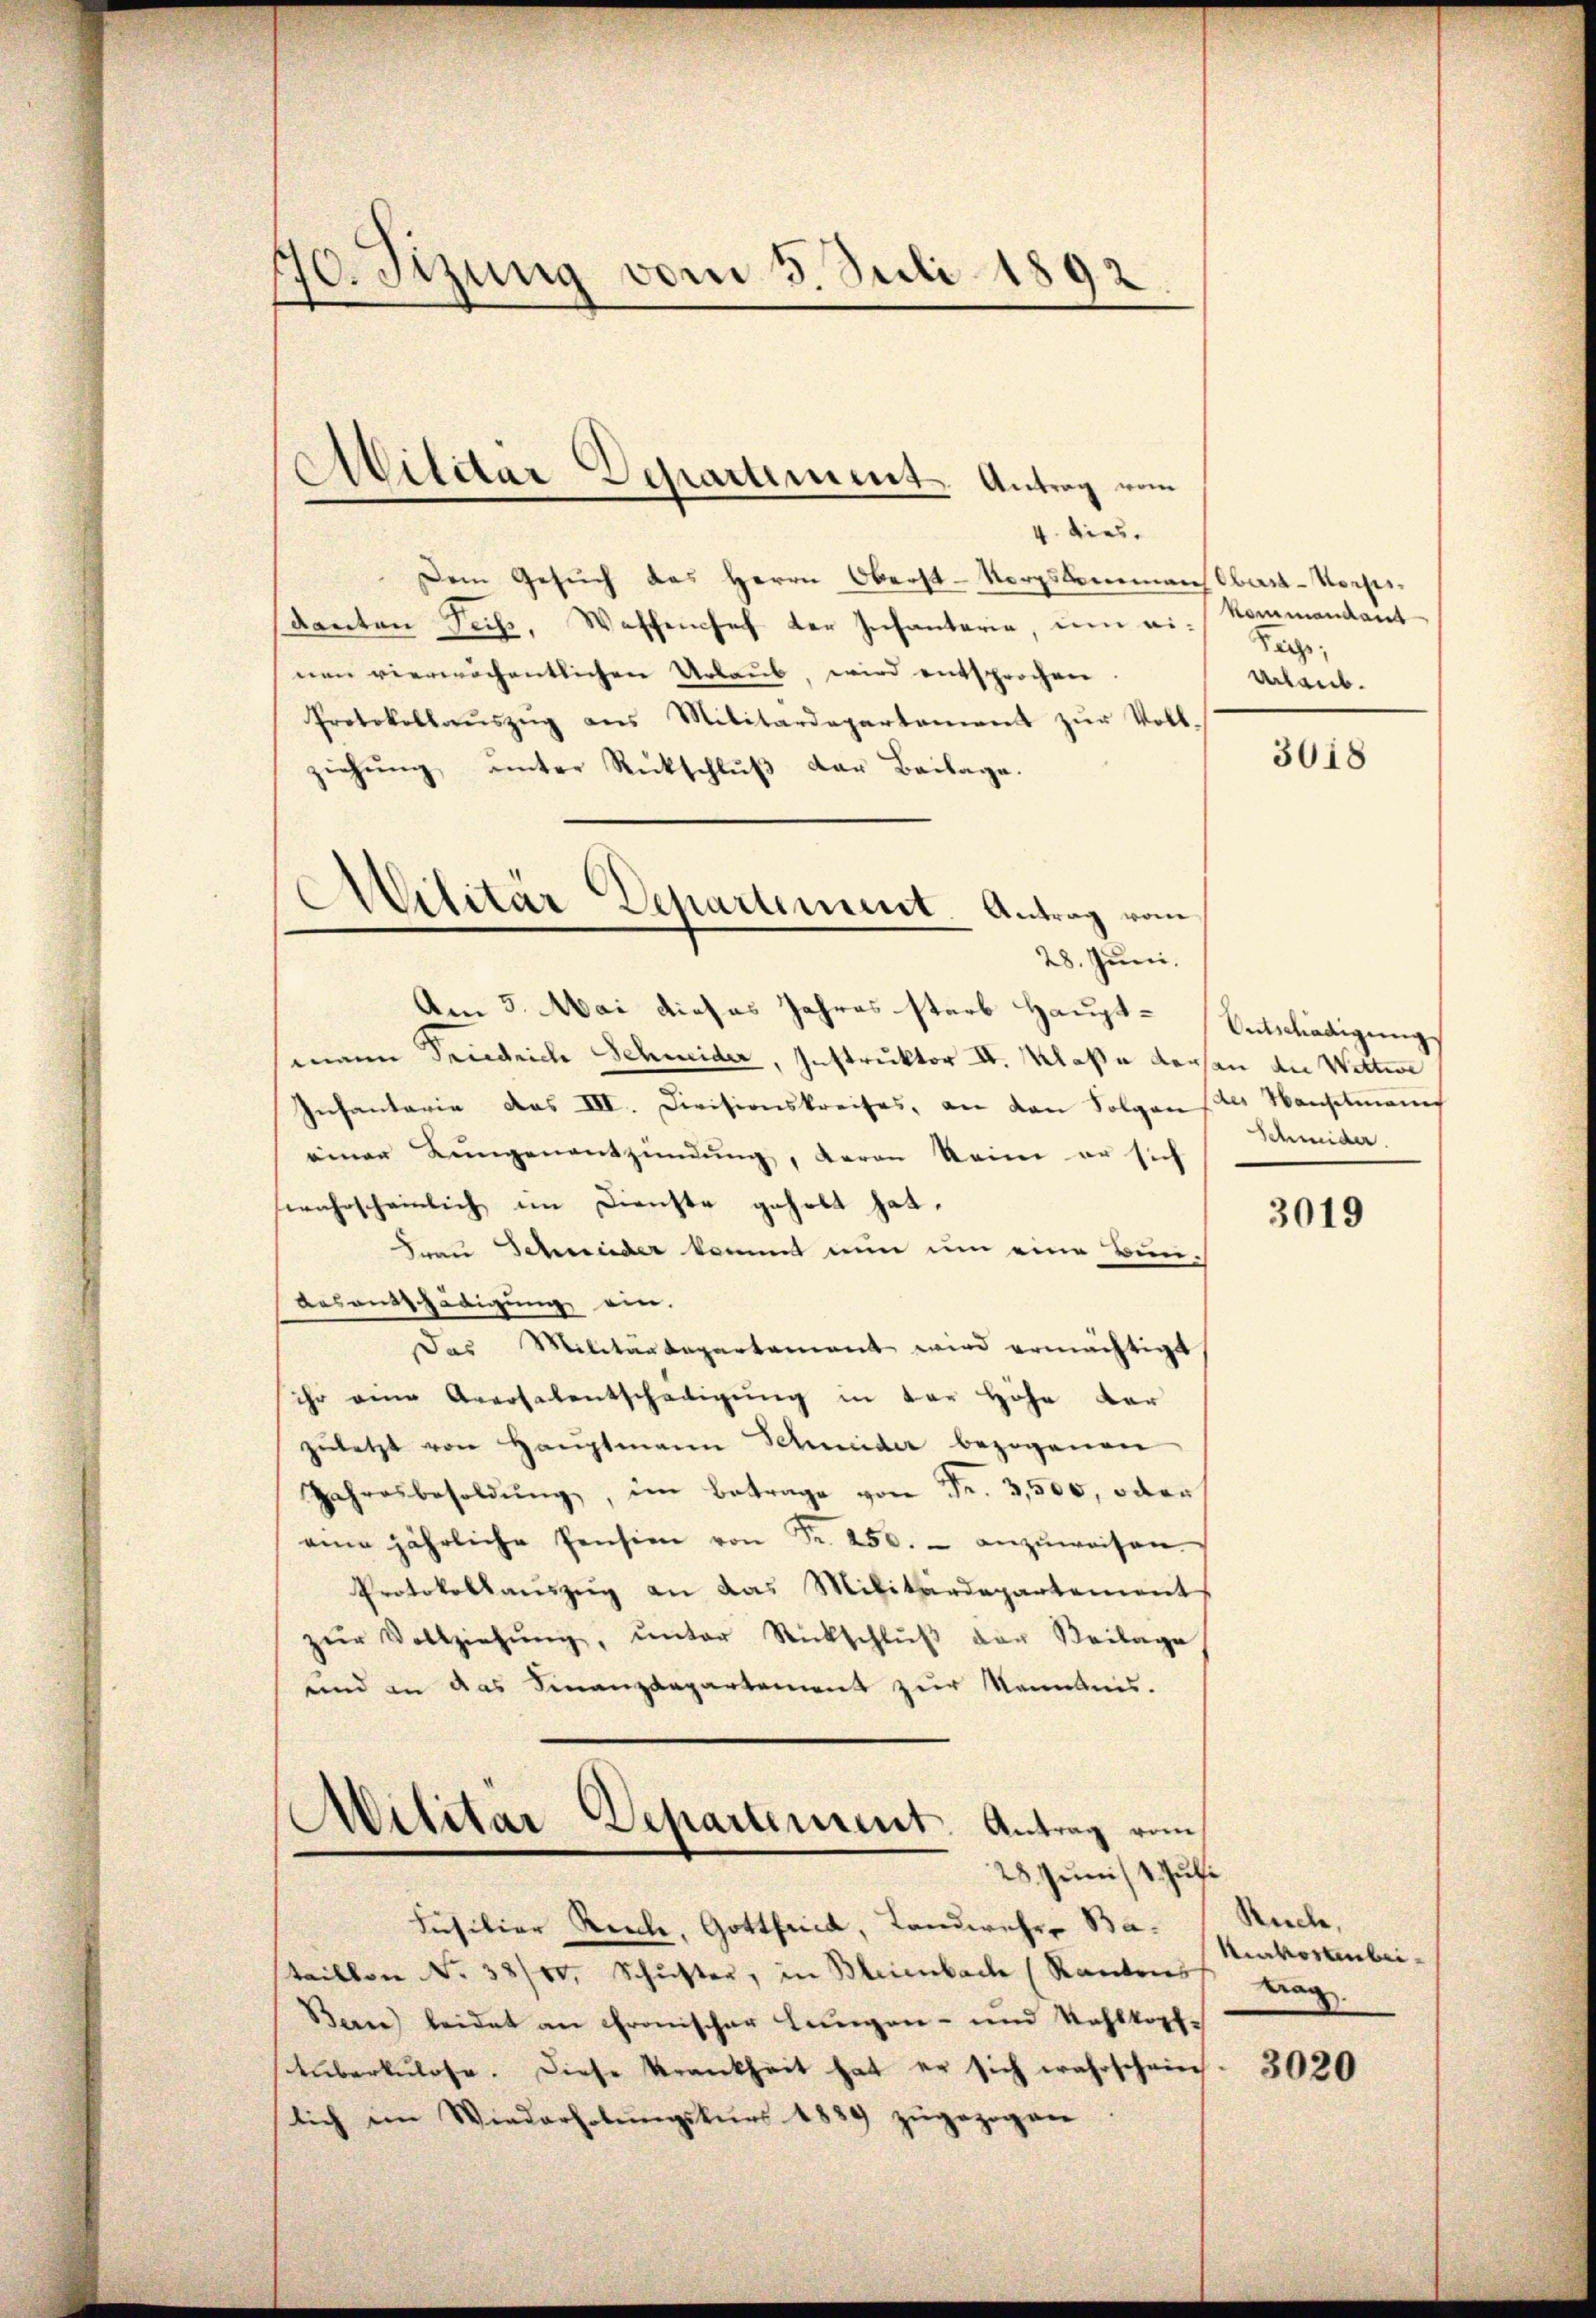
70. Sizung vom 3. Juli 1892

4. dies
Dem Gesuch das Herrn Oberst-Norpskommenstbar-Verseidanten Teil, Waffenses der Infantarie, um ei-
nen vierwöchentlichen Urlaŭb, wird entsprochen.
Protokollaŭszŭg ans Militärdepartement zŭr Voll-
ziehŭng ŭnter Rückschlŭβ der Beilage.
Am 5. Mai dieses Jahres starb Hauptmann Friedrich Schweider, Instruktor II. Klaße dersen die Wittwe
Infantarie das III. Divisionskreises, an den Folgen des Manschmann
einer Lungenentzündung, daran keine er sich
wahrscheinlich im Dienste geholt hat.
Frau Schweider kommt nun um eine Bun¬
Aesausschädigung ein.
Das Militärdepartement wird ermächtigt
ihr eine Aversalentschädigŭng in der Höhe der
zŭletzt von Haŭptmann Schmeider bezogenen
Jahresbesoldŭng, im Betrage von Fr. 3,500, oder
eine jährliche Pension von Fr. 250. anzŭweisen.
Protokollauszug an das Militärdepartement
zŭr Vollziehŭng ŭnter Rückschlŭβ der Beilage
und an das Finanzdepartement zur Kenntnis.
)
Wilitar Departement. Antrag vom
28. Junist Juli
Füsiliar Reche, Gottfrica, Landwehr- Bataillon No 38/10, Schŭster, in Bleienbach (Rantons
Berne leidet an chronischer Lungen- und Kehlkopfe
tŭberkulose. Diese Krankheit hat er sich wahrschein
lich im Wiederholŭngskŭrs 1889 zugezogen

.
Aildar Departement. Antrag vom

Militär Departement Antrag vom
28. Juni.

kommendant
Sache,
Urlaub.

3018

Entschädigung
Schmider.

3019

Rnde,
Kinvortenbeiwag

3020